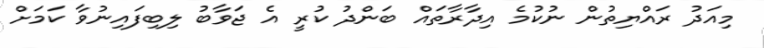
މިއަދު ރައްޔިތުން ނުކުމެ އިދާރާތައް ބަންދު ކުރީ އެ ޖަވާބު ލިބިފައިނުވާ ކަމަށް